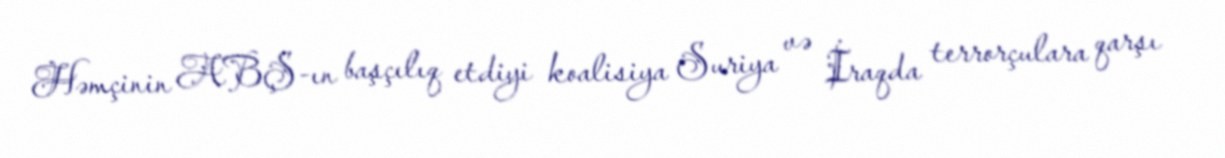
Həmçinin ABŞ-ın başçılıq etdiyi koalisiya Suriya və İraqda terrorçulara qarşı